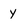
Character: y